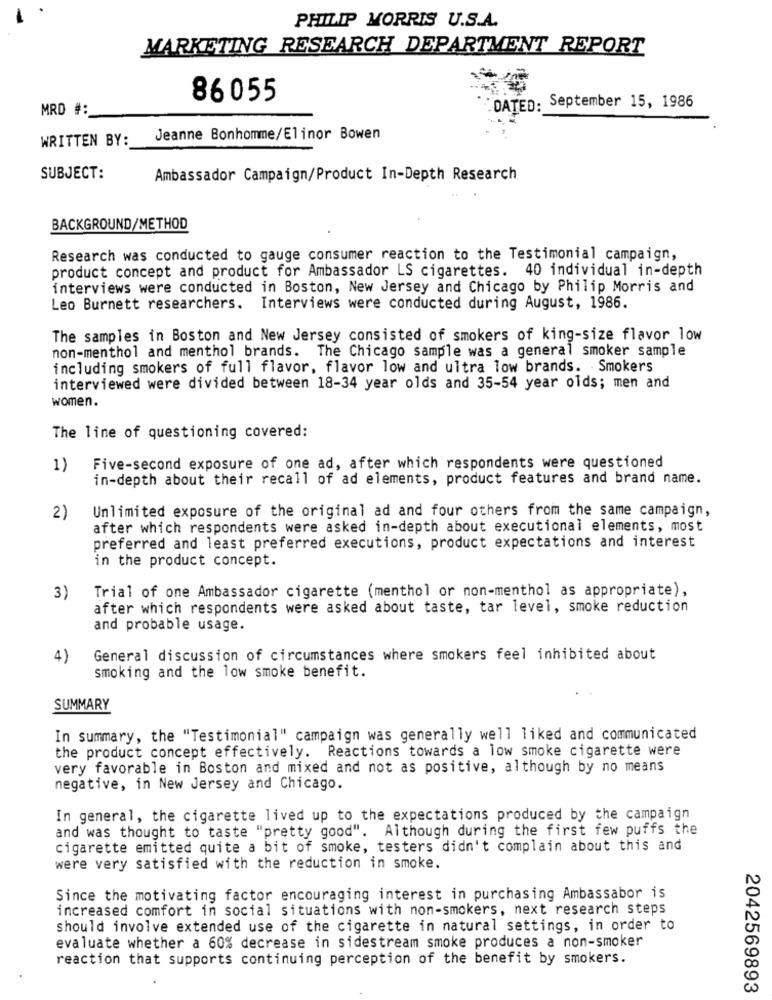
PHILIP MORRIS U.S.A.
MARKETING RESEARCH DEPARTMENT REPORT
86055
MRD # :_
"DATED: September 15, 1986
WRITTEN BY:
Jeanne Bonhomme/Elinor Bowen
SUBJECT:
Ambassador Campaign/Product In-Depth Research
BACKGROUND/METHOD
Research was conducted to gauge consumer reaction to the Testimonial campaign,
product concept and product for Ambassador LS cigarettes. 40 individual in-depth
interviews were conducted in Boston, New Jersey and Chicago by Philip Morris and
Leo Burnett researchers. Interviews were conducted during August, 1986.
The samples in Boston and New Jersey consisted of smokers of king-size flavor low
non-menthol and menthol brands. The Chicago sample was a general smoker sample
including smokers of full flavor, flavor low and ultra low brands. Smokers
interviewed were divided between 18-34 year olds and 35-54 year olds; men and
women.
The line of questioning covered:
1)
Five-second exposure of one ad, after which respondents were questioned
in-depth about their recall of ad elements, product features and brand name.
Unlimited exposure of the original ad and four others from the same campaign,
2)
after which respondents were asked in-depth about executional elements, most
preferred and least preferred executions, product expectations and interest
in the product concept.
Trial of one Ambassador cigarette (menthol or non-menthol as appropriate),
3)
after which respondents were asked about taste, tar level, smoke reduction
and probable usage.
4)
General discussion of circumstances where smokers feel inhibited about
smoking and the low smoke benefit.
SUMMARY
In summary, the "Testimonial" campaign was generally well liked and communicated
the product concept effectively. Reactions towards a low smoke cigarette were
very favorable in Boston and mixed and not as positive, although by no means
negative, in New Jersey and Chicago.
In general, the cigarette lived up to the expectations produced by the campaign
and was thought to taste "pretty good". Although during the first few puffs the
cigarette emitted quite a bit of smoke, testers didn't complain about this and
were very satisfied with the reduction in smoke.
Since the motivating factor encouraging interest in purchasing Ambassabor is
increased comfort in social situations with non-smokers, next research steps
should involve extended use of the cigarette in natural settings, in order to
evaluate whether a 60% decrease in sidestream smoke produces a non-smoker
reaction that supports continuing perception of the benefit by smokers.
2042569893